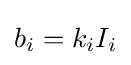
b_{i}=k_{i}I_{i}